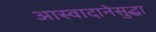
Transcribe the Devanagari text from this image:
आस्वादानेसुद्धा